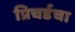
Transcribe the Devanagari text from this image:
प्रिचर्डचा